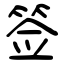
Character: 签